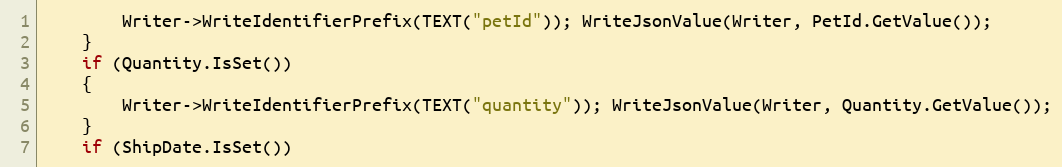
Language: C++
		Writer->WriteIdentifierPrefix(TEXT("petId")); WriteJsonValue(Writer, PetId.GetValue());
	}
	if (Quantity.IsSet())
	{
		Writer->WriteIdentifierPrefix(TEXT("quantity")); WriteJsonValue(Writer, Quantity.GetValue());
	}
	if (ShipDate.IsSet())